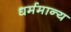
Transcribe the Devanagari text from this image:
धर्ममान्य